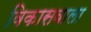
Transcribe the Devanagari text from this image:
विकासवाला